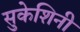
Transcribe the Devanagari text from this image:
सुकेशिनी